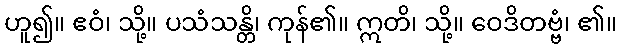
ဟူ၍။ ဧဝံ၊ သို့။ ပသံသန္တိ၊ ကုန်၏။ ဣတိ၊ သို့။ ဝေဒိတဗ္ဗံ၊ ၏။